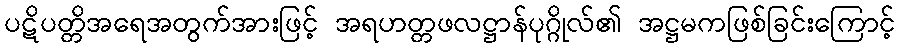
ပဋိပတ္တိအရေအတွက်အားဖြင့် အရဟတ္တဖလဋ္ဌာန်ပုဂ္ဂိုလ်၏ အဋ္ဌမကဖြစ်ခြင်းကြောင့်